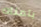
يتمناه